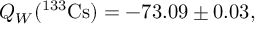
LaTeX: Q _ { W } ( ^ { 1 3 3 } \mathrm { C s } ) = - 7 3 . 0 9 \pm 0 . 0 3 ,